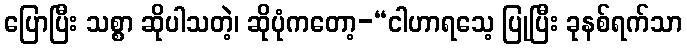
ပြောပြီး သစ္စာ ဆိုပါသတဲ့၊ ဆိုပုံကတော့-“ငါဟာရသေ့ ပြုပြီး ခုနစ်ရက်သာ